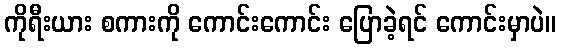
ကိုရီးယား စကားကို ကောင်းကောင်း ပြောခဲ့ရင် ကောင်းမှာပဲ။